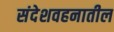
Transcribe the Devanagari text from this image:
संदेशवहनातील